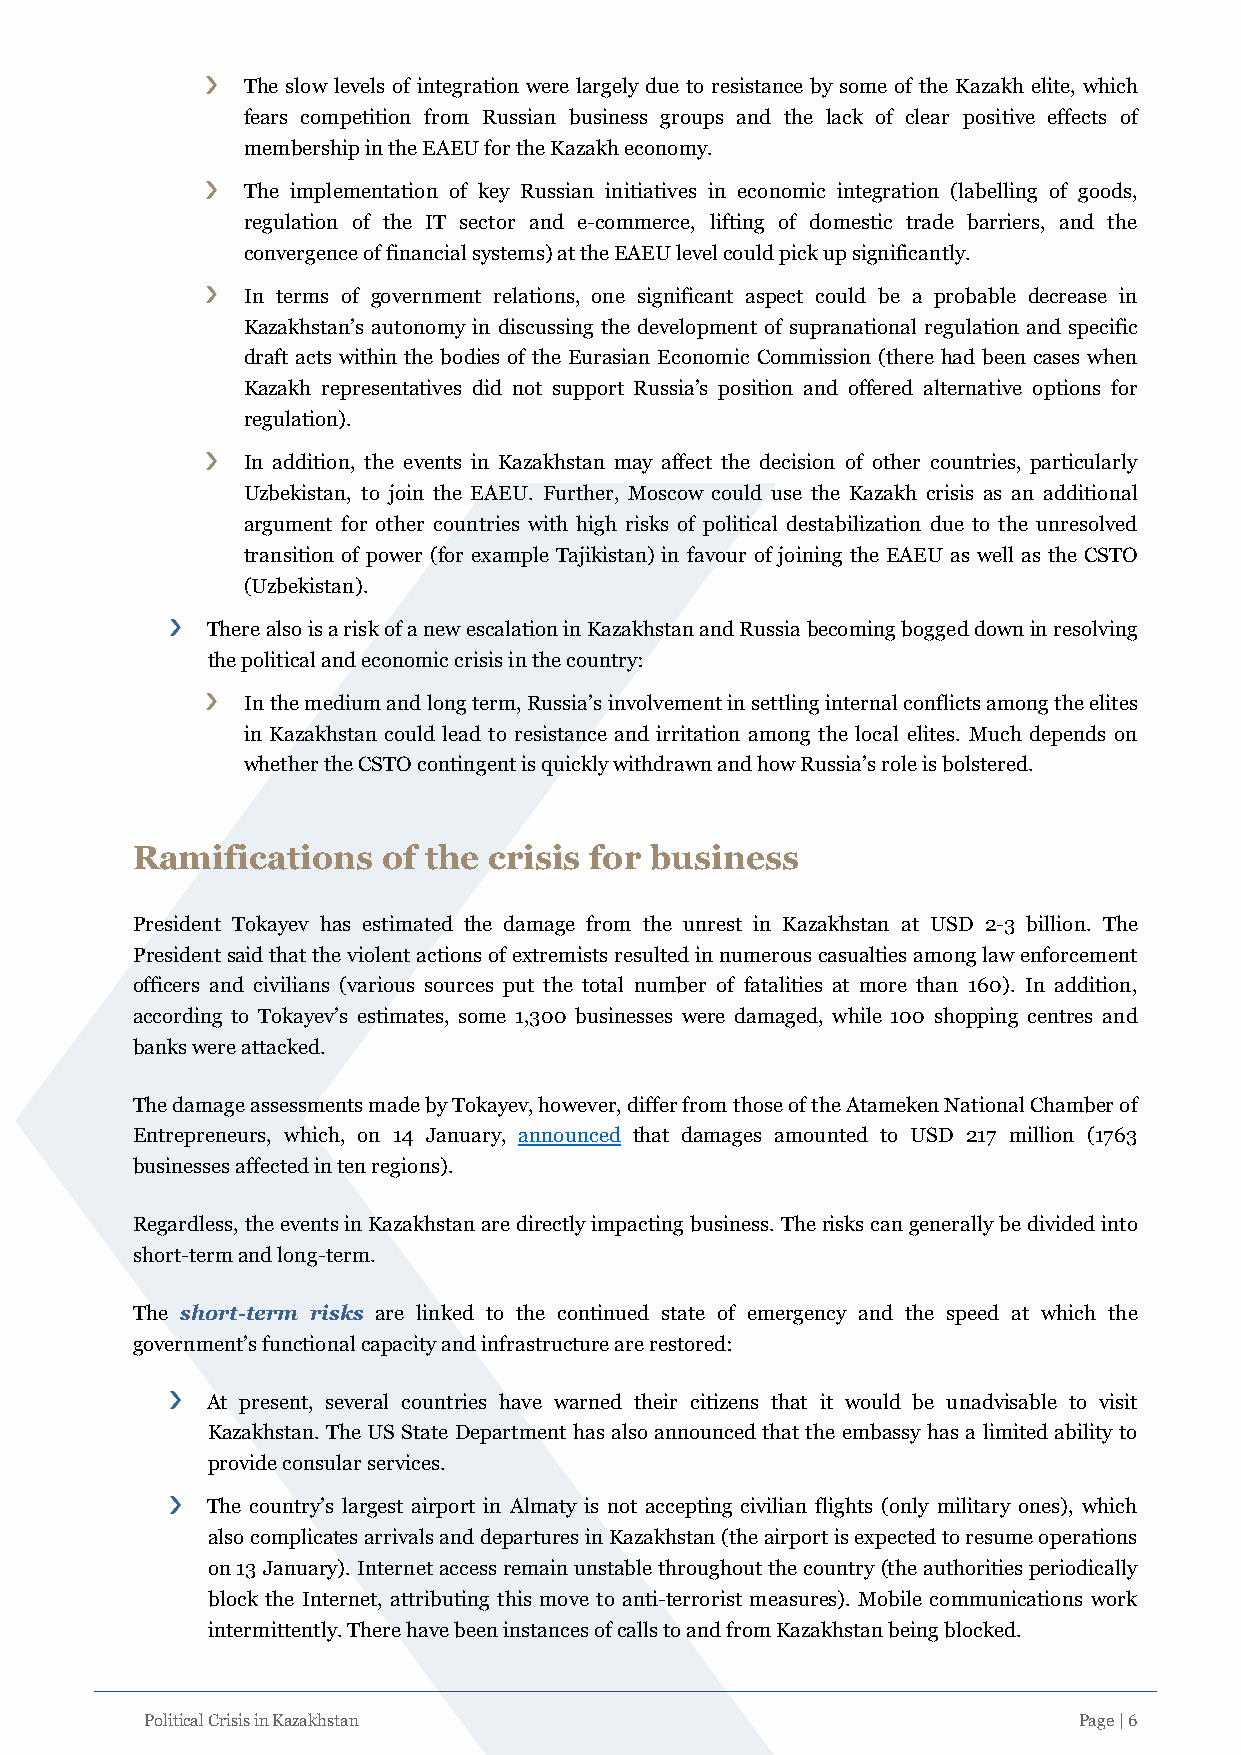
The slow levels of integration were largely due to resistance by some of the Kazakh elite, which
 fears competition from Russian business groups and the lack of clear positive effects of
 membership in the EAEU for the Kazakh economy.
 The implementation of key Russian initiatives in economic integration (labelling of goods,
 regulation of the IT sector and e-commerce, lifting of domestic trade barriers, and the
 convergence of financial systems) at the EAEU level could pick up significantly.
 In terms of government relations, one significant aspect could be a probable decrease in
 Kazakhstan’s autonomy in discussing the development of supranational regulation and specific
 draft acts within the bodies of the Eurasian Economic Commission (there had been cases when
 Kazakh representatives did not support Russia’s position and offered alternative options for
 regulation).
 In addition, the events in Kazakhstan may affect the decision of other countries, particularly
 Uzbekistan, to join the EAEU. Further, Moscow could use the Kazakh crisis as an additional
 argument for other countries with high risks of political destabilization due to the unresolved
 transition of power (for example Tajikistan) in favour of joining the EAEU as well as the CSTO
 (Uzbekistan).
 There also is a risk of a new escalation in Kazakhstan and Russia becoming bogged down in resolving
 the political and economic crisis in the country:
 In the medium and long term, Russia’s involvement in settling internal conflicts among the elites
 in Kazakhstan could lead to resistance and irritation among the local elites. Much depends on
 whether the CSTO contingent is quickly withdrawn and how Russia’s role is bolstered.
 Ramifications   of the crisis for business
 President Tokayev has estimated the damage from the unrest in Kazakhstan at USD 2-3 billion. The
 President said that the violent actions of extremists resulted in numerous casualties among law enforcement
 officers and civilians (various sources put the total number of fatalities at more than 160). In addition,
 according to Tokayev’s estimates, some 1,300 businesses were damaged, while 100 shopping centres and
 banks were attacked.
 The damage assessments made by Tokayev, however, differ from those of the Atameken National Chamber of
 Entrepreneurs, which, on 14 January, announced that damages amounted to USD 217 million (1763
 businesses affected in ten regions).
 Regardless, the events in Kazakhstan are directly impacting business. The risks can generally be divided into
 short-term and long-term.
 The short-term risks are linked to the continued state of emergency and the speed at which the
 government’s functional capacity and infrastructure are restored:
 At present, several countries have warned their citizens that it would be unadvisable to visit
 Kazakhstan. The US State Department has also announced that the embassy has a limited ability to
 provide consular services.
 The country’s largest airport in Almaty is not accepting civilian flights (only military ones), which
 also complicates arrivals and departures in Kazakhstan (the airport is expected to resume operations
 on 13 January). Internet access remain unstable throughout the country (the authorities periodically
 block the Internet, attributing this move to anti-terrorist measures). Mobile communications work
 intermittently. There have been instances of calls to and from Kazakhstan being blocked.
 Political Crisis in Kazakhstan                               Page | 6